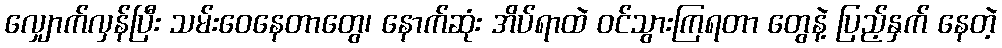
လျှောက်လှန်ပြီး သမ်းဝေနေတာတွေ၊ နောက်ဆုံး အိပ်ရာထဲ ဝင်သွားကြရတာ တွေနဲ့ ပြည့်နှက် နေတဲ့